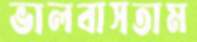
ভালবাসতাম